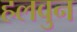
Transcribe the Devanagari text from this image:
हलवुन